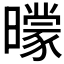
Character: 𣋡